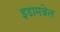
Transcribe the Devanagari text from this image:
इडामन्नेल